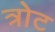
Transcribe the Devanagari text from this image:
त्रोट